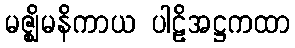
မဇ္ဈိမနိကာယ ပါဠိအဋ္ဌကထာ